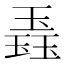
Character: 𬍼